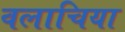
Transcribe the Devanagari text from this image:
वलाचिया